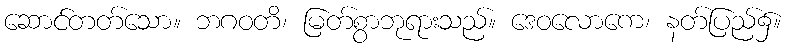
ဆောင်တတ်သော။ ဘဂဝတိ၊ မြတ်စွာဘုရားသည်။ ဒေဝလောကေ၊ နတ်ပြည်၌။